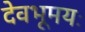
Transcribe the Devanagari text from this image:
देवभूमयः